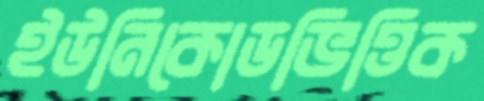
ইউনিকোডভিত্তিক